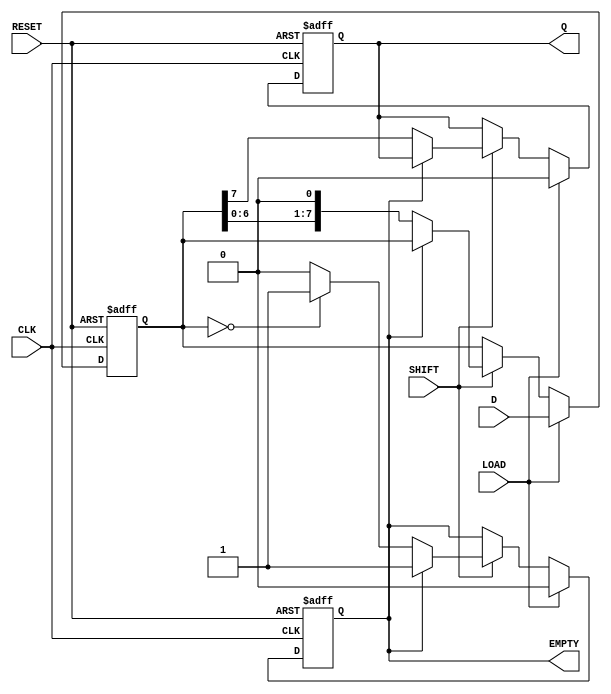
module PISO_Register (
    input wire [7:0] D,        // Parallel Data Input
    input wire LOAD,           // Load Enable
    input wire SHIFT,          // Shift Control
    input wire CLK,            // Clock
    input wire RESET,          // Reset
    output reg Q,              // Serial Output
    output reg EMPTY           // Empty Flag
);

    reg [7:0] shift_reg;       // Internal shift register

    always @(posedge CLK or posedge RESET) begin
        if (RESET) begin
            shift_reg <= 8'b0;  // Clear the register on reset
            Q <= 1'b0;          // Clear serial output
            EMPTY <= 1'b1;      // Register is empty
        end else begin
            if (LOAD) begin
                shift_reg <= D;  // Load parallel data into the register
                Q <= 1'b0;        // Reset serial output
                EMPTY <= 1'b0;    // Register is not empty
            end else if (SHIFT) begin
                if (!EMPTY) begin
                    Q <= shift_reg[7]; // Output the MSB
                    shift_reg <= {shift_reg[6:0], 1'b0}; // Shift left
                    // Check if the register is empty after shifting
                    if (shift_reg == 8'b0) begin
                        EMPTY <= 1'b1; // Set EMPTY flag if all bits are shifted out
                    end
                end
            end
        end
    end

endmodule